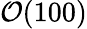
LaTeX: {\cal O}(100)